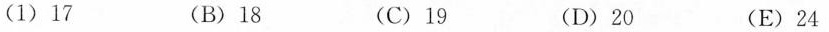
(1)17 (B)18 (C)19 (D)20 (E)24